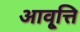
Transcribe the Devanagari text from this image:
आवृ्त्ति